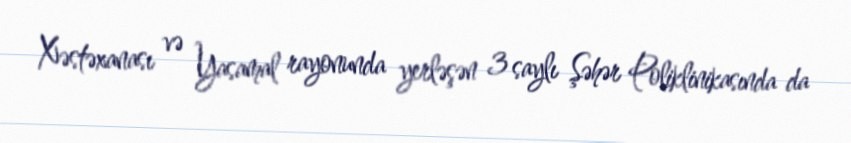
Xəstəxanası və Yasamal rayonunda yerləşən 3 saylı Şəhər Poliklinikasında da